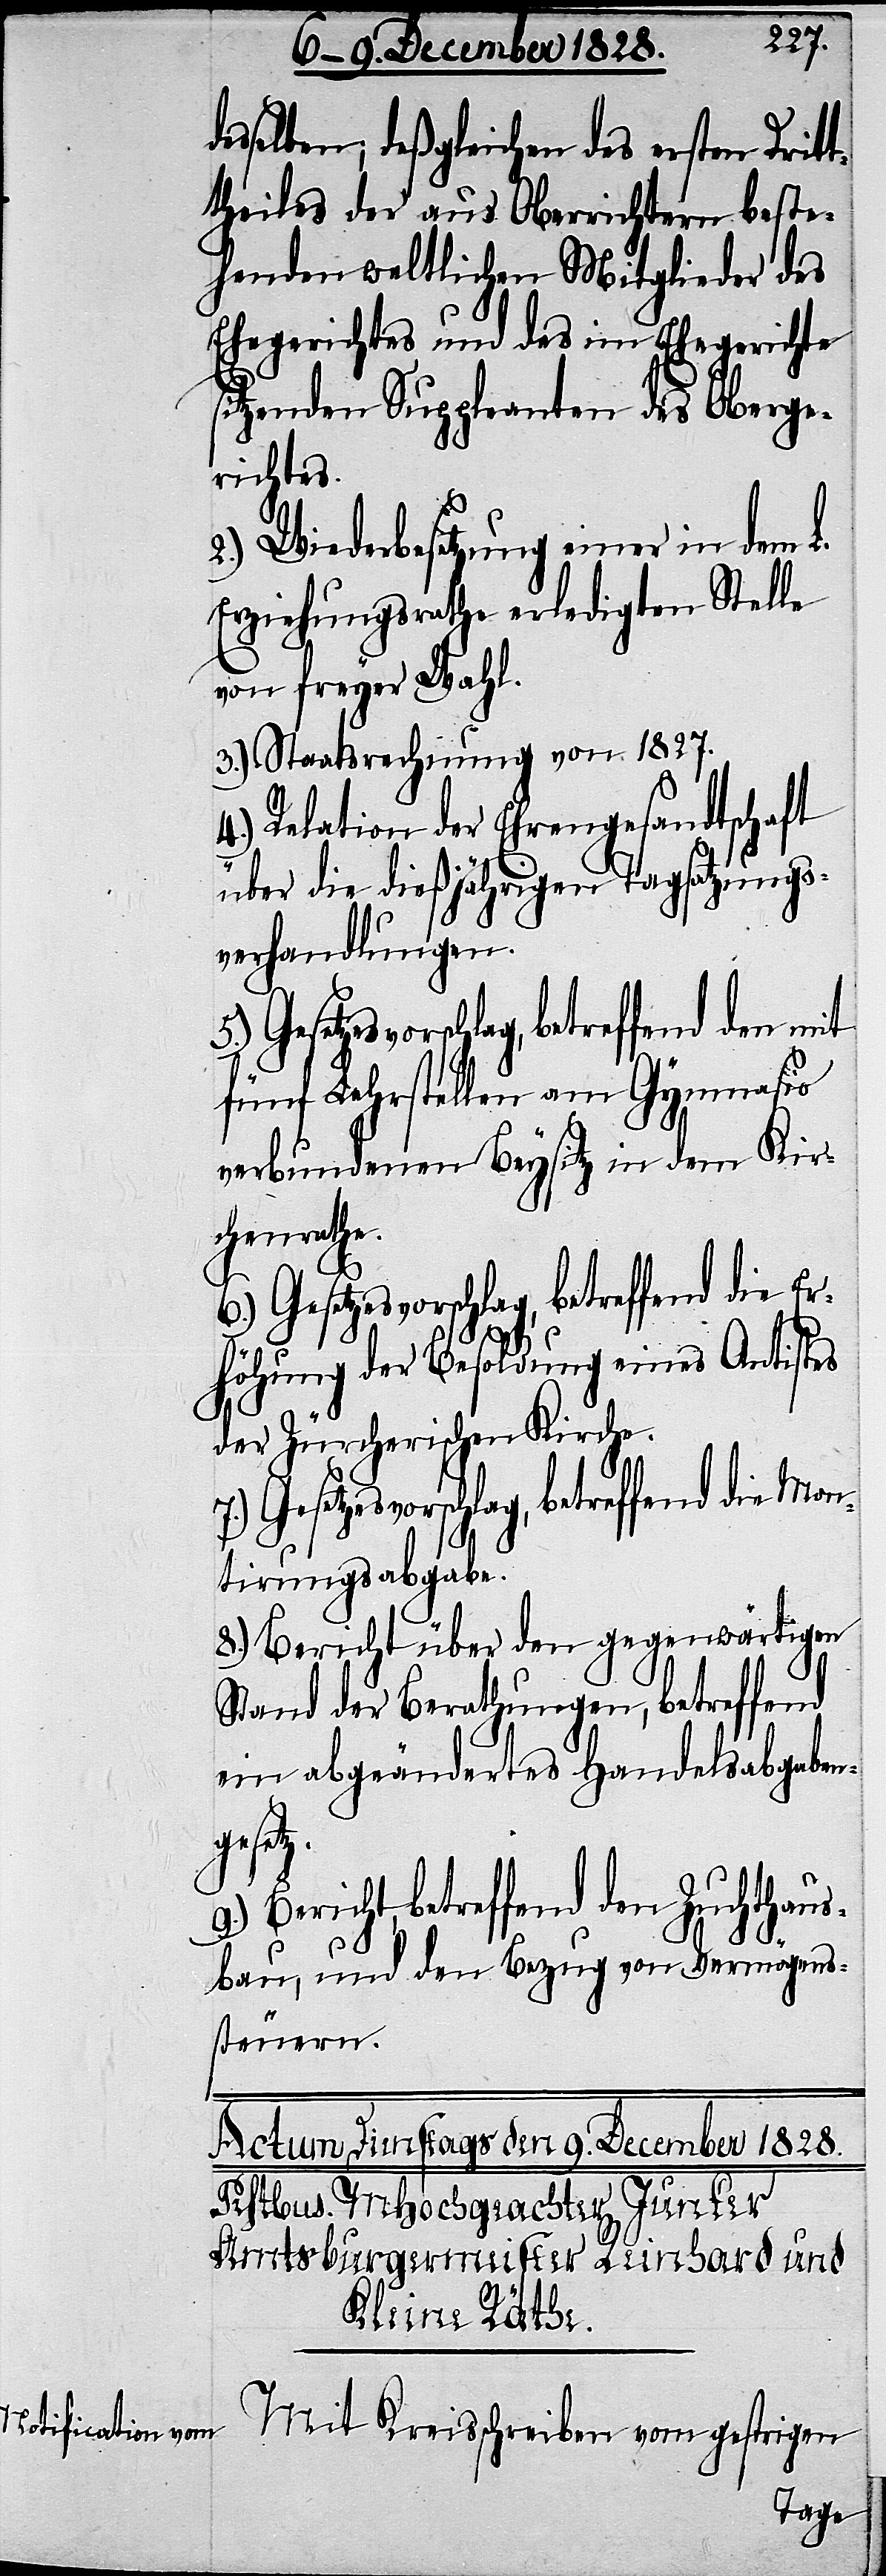
esselben; deßgleichen des ersten Dritt¬
theiles der aus Oberrichtern beste¬
henden weltlichen Mitglieder des
Ehegerichtes und des im Ehegerichte
sitzenden Suppleanten des Oberge¬
richtes.
2.) Wiederbesetzung einer in dem L.
Erziehungsrathe erledigten Stelle
von freyer Wahl.
3.) Staatsrechnung von 1827.
4.) Relation der Ehrengesandtschaft
über die dießjährigen Tagsatzungs¬
verhandlungen.
fünf Lehrstellen am Gymnasio
verbundenen Beysitz in dem Kir¬
chenrathe.
7.) Gesetzesvorschlag, betreffend die Mon¬
t
höhung der Besoldung eines Antistes
der Züricherischen Kirche.
tirungsabgabe.
8.) Bericht über den gegenwärtigen
Stand der Berathungen, betreffend
ein abgeändertes Handelsabgaben¬
gesetz.
9.) Bericht, betreffend den Zuchthaus¬
bau, und den Bezug von Vermögens¬
steuern.
d¬
Mit Kreisschreiben vom gestrigen